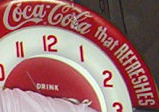
CocaCola that REFAESHES